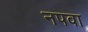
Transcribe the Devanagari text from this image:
नपवा